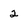
Character: 2